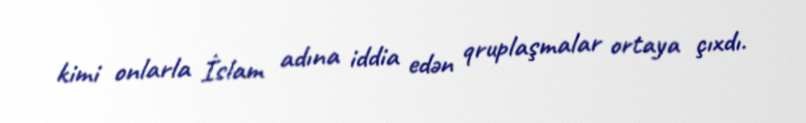
kimi onlarla İslam adına iddia edən qruplaşmalar ortaya çıxdı.